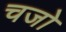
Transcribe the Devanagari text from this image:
चजो